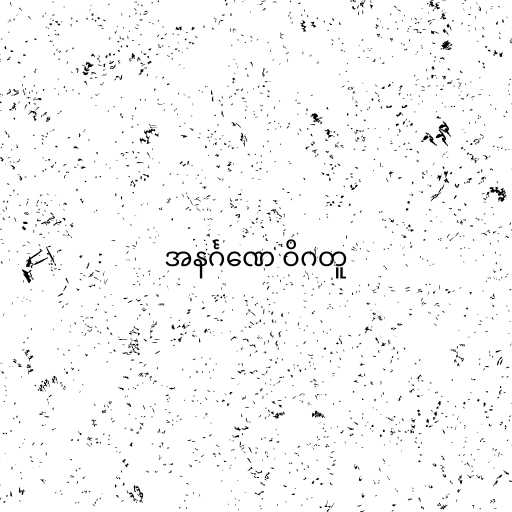
အနင်္ဂဏေ ဝိဂတူ